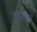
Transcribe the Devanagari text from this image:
गद्याच्या